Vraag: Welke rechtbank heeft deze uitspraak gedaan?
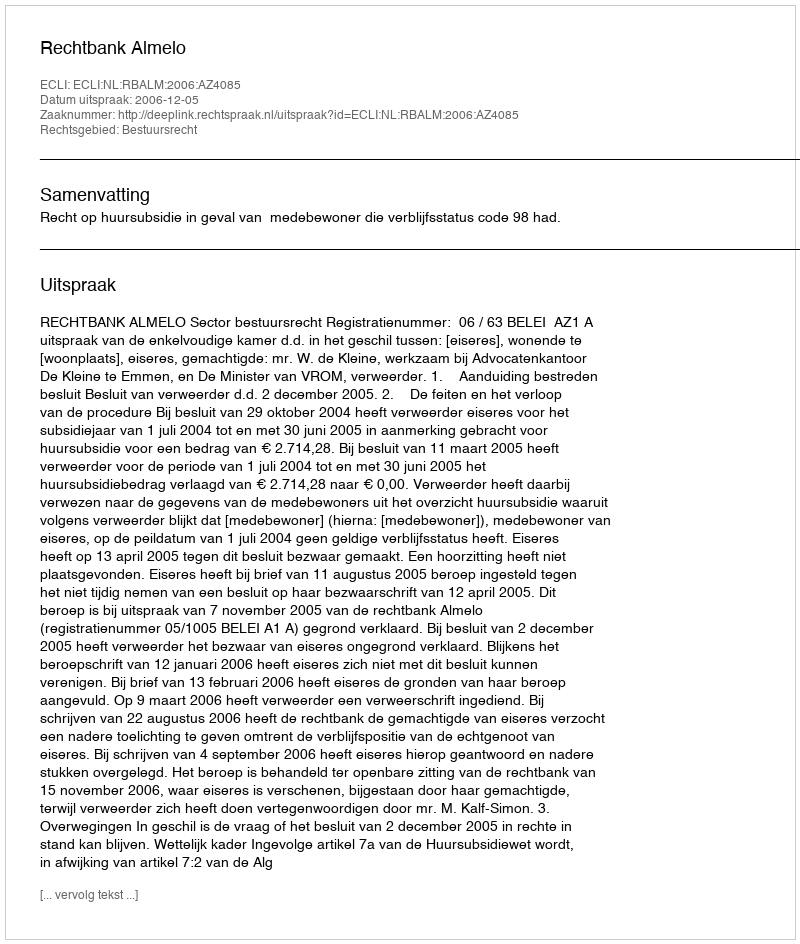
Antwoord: Rechtbank Almelo